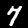
Digit: 7